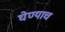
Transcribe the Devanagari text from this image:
घेण्याच